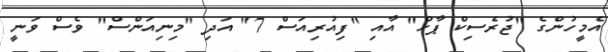
އެމީހުންގެ "ޖުރެސިކް ޕާޚް" އާއި "ފިއުރިއަސް 7" އަދި "މިނިއަންސް" ވެސް ވަނީ